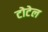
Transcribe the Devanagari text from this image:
टोटेल